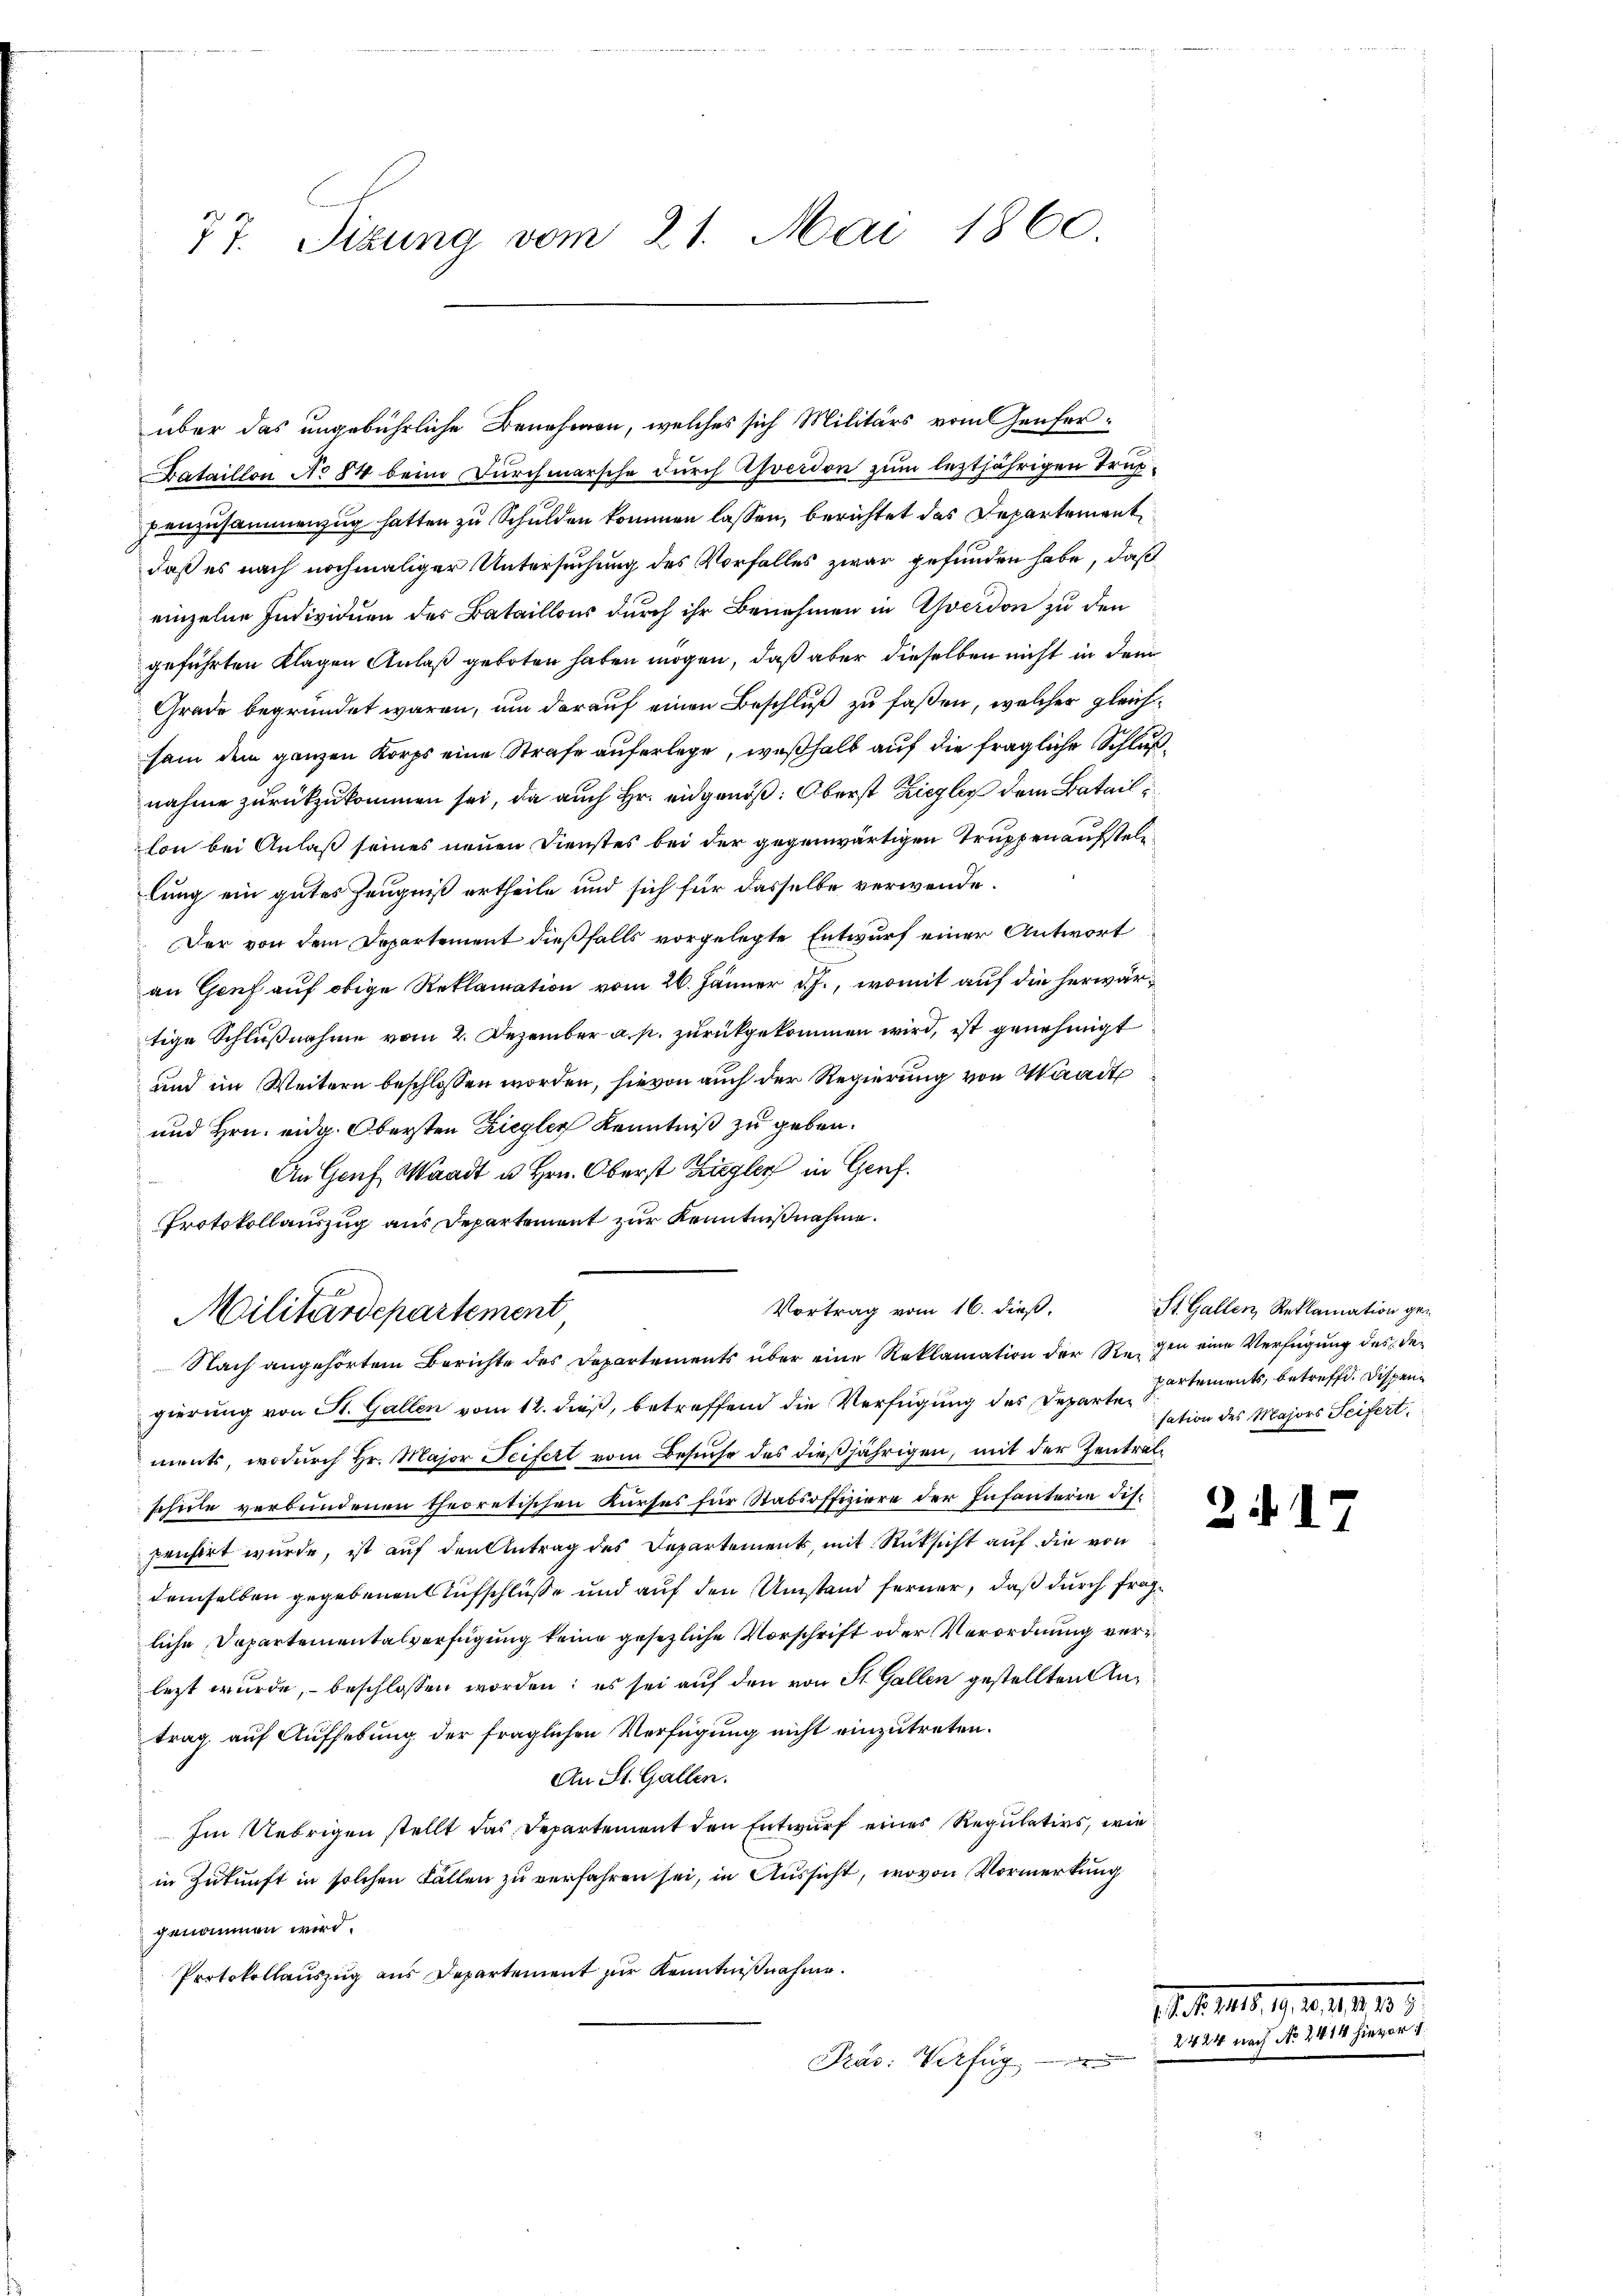
77. Sizung vom 21. Mai 1860.

über das ungebührliche Benehmen, welches sich Militärs vom Genfer¬
Bataillon No 84 beim Durchmarsche durch Asverdon zum leztjährigen Truppenzusammenzug hatten zu Schulden kommen lassen, berichtet das Departement
daß es nach nochmaliger Untersuchung des Vorfalles zwar gefunden habe, daß
einzelne Individuen des Bataillons durch ihr Benehmen in Yverdon zu den
geführten Klagen Anlaß geboten haben mögen, daß aber dieselben nicht in dem
Grade begründet waren, um darauf einen Beschluß zu faßen, welcher gleichsam dem ganzen Korps eine Strafe auferlege, weßhalb auf die fragliche Schlußnahme zurückzukommen sei, da auch Hr. eidgenöß: Oberst Ziegler dem Bataillon bei Anlaß seines neuen Dienstes bei der gegenwärtigen Truppen aufstellung ein gutes Zeugniß ertheile und sich für dasselbe verwende.
Der von dem Departement dießfalls vorgelegte Entwurf einer Antwort
an Genf auf obige Reklamation vom 26. Jänner d. J., womit auf die herwärtige Schlußnahme vom 2. Dezember a. p. zurückgekommen wird, ist genehmigt
und im Weitern beschlossen worden, hievon auch der Regierung von Waadt
und Hrn. eidg. Obersten Ziegler Kenntniß zu geben.
An Genf, Waadt u. Hrn. Oberst Zugler in Genf.
d
Protokollauszug aus Departement zur Kenntnißnahme.
Vortrag vom 16. dieß,
Militärdepartement,
Nach angehörtem Berichte des Departements über eine Reklamation der Regen eine Verfügung des Degierung von St. Gallen vom 12. dieß, betreffend die Verfügung des Departements, wodurch Hr. Major Seifert vom Besuche des dießjährigen, mit der Zentralschule verbundenen theoretischen Kurses für Stabsoffiziere der Infanterie dis
pensirt wurde, ist auf den Antrag des Departements, mit Rücksicht auf die von
demselben gegebenen Aufschlüße und auf den Umstand ferner, daß durch fragliche Departementalverfügung keine gesezliche Vorschrift oder Verordnung verlezt wurde, beschlossen worden; es sei auf den von St. Gallen gestellten Antrag auf Aufhebung der fraglichen Verfügung nicht einzutreten.
An St. Gallen.
Im Uebrigen stellt das Departement den Entwurf eines Regulatios, wie
in Zukunft in solchen Fällen zu verfahren sei, in Aussicht, wovon Vormerkung
genommen wird.
Protokollauszug aus Departement zur Kenntnißnahme.
Prus. Verfügen nach

St. Gallen, Reklamation ge¬
Partements, betreffe. Dispensation des Majors Seifert

Itet u. 1910. 19.

2 17

u

1
er